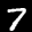
Label: 7